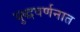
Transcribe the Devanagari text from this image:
युद्धवर्णनात